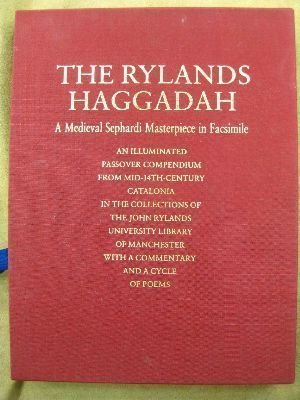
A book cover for Rylands Haggadah: A Medieval Sephardi Masterpiece in Facsimile; Raphael Loewe; Religion & Spirituality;